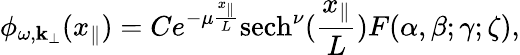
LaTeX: \phi_{\omega,{\mathbf k}_{\perp}}(x_{\parallel})=Ce^{-\mu\frac{x_{\parallel}}{L}}\mathrm{sech}^{\nu}(\frac{x_{\parallel}}{L})F(\alpha,\beta;\gamma;\zeta),